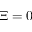
\Xi = 0